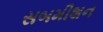
સબમીશન